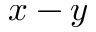
x - y